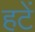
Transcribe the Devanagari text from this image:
हटें